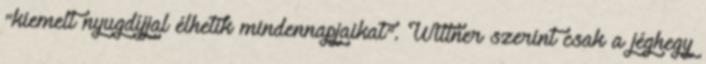
"kiemelt nyugdíjjal élhetik mindennapjaikat". Wittner szerint csak a jéghegy